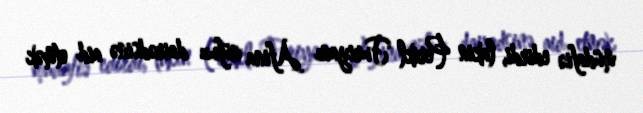
müdafiə edirdi, lakin Perikl Furiyanı Afina nüfuz dairədsinə aid etmək